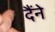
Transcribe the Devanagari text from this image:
दैंने